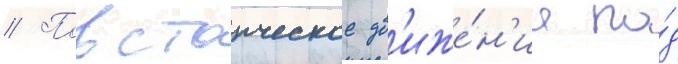
// Повстанческое дв'иже́н'ие по́д